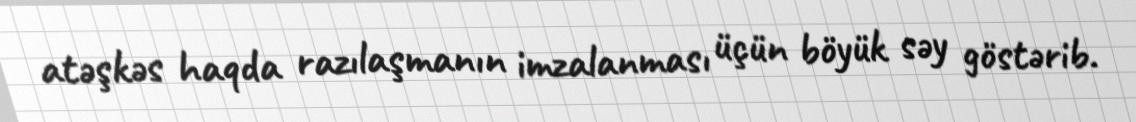
atəşkəs haqda razılaşmanın imzalanması üçün böyük səy göstərib.